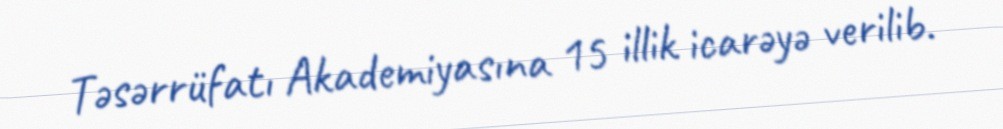
Təsərrüfatı Akademiyasına 15 illik icarəyə verilib.